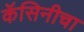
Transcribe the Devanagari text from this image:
कॅसिनीचा